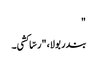
"
بندر بولا، "رسّا کشی۔